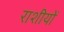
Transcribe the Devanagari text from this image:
राशीयों